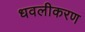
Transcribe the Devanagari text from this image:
धवलीकरण